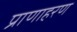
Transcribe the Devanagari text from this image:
प्राणाहरण